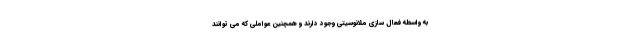
به واسطه فعال سازی ملانوسیتی وجود دارند و همچنین عواملی که می توانند